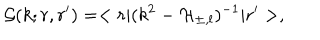
\mathcal { G } ( k ; r , r ^ { \prime } ) = < r | ( k ^ { 2 } - \mathcal { H } _ { \pm , l } ) ^ { - 1 } | r ^ { \prime } > ,